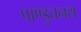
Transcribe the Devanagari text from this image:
पाण्डुतनय